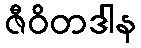
ဇီဝိတဒါန